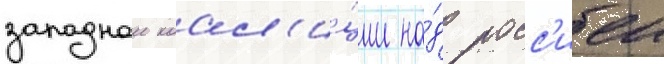
западнои коал'и́ции на́д росс'иеи